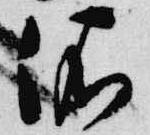
依